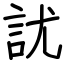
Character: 訧